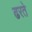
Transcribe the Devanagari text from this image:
ढरते